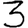
Digit: 3